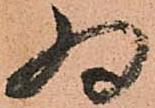
為